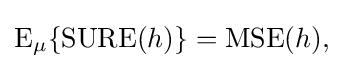
\operatorname {E} _{\mu }\{\operatorname {SURE} (h)\}=\operatorname {MSE} (h),\,\!